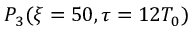
P _ { 3 } ( \xi = 5 0 , \tau = 1 2 T _ { 0 } )